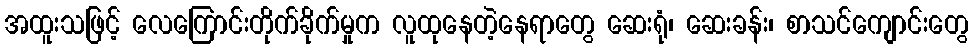
အထူးသဖြင့် လေကြောင်းတိုက်ခိုက်မှုက လူထုနေတဲ့နေရာတွေ ဆေးရုံ၊ ဆေးခန်း၊ စာသင်ကျောင်းတွေ